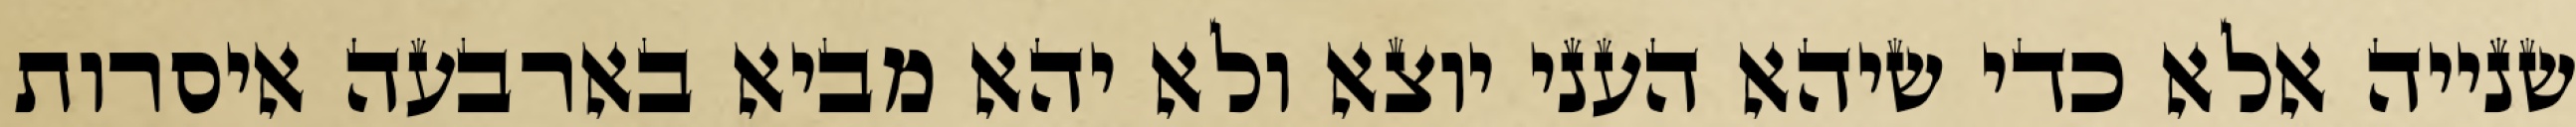
שנייה אלא כדי שיהא העני יוצא ולא יהא מביא בארבעה איסרות